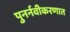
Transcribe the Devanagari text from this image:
पुनर्नवीकरणात